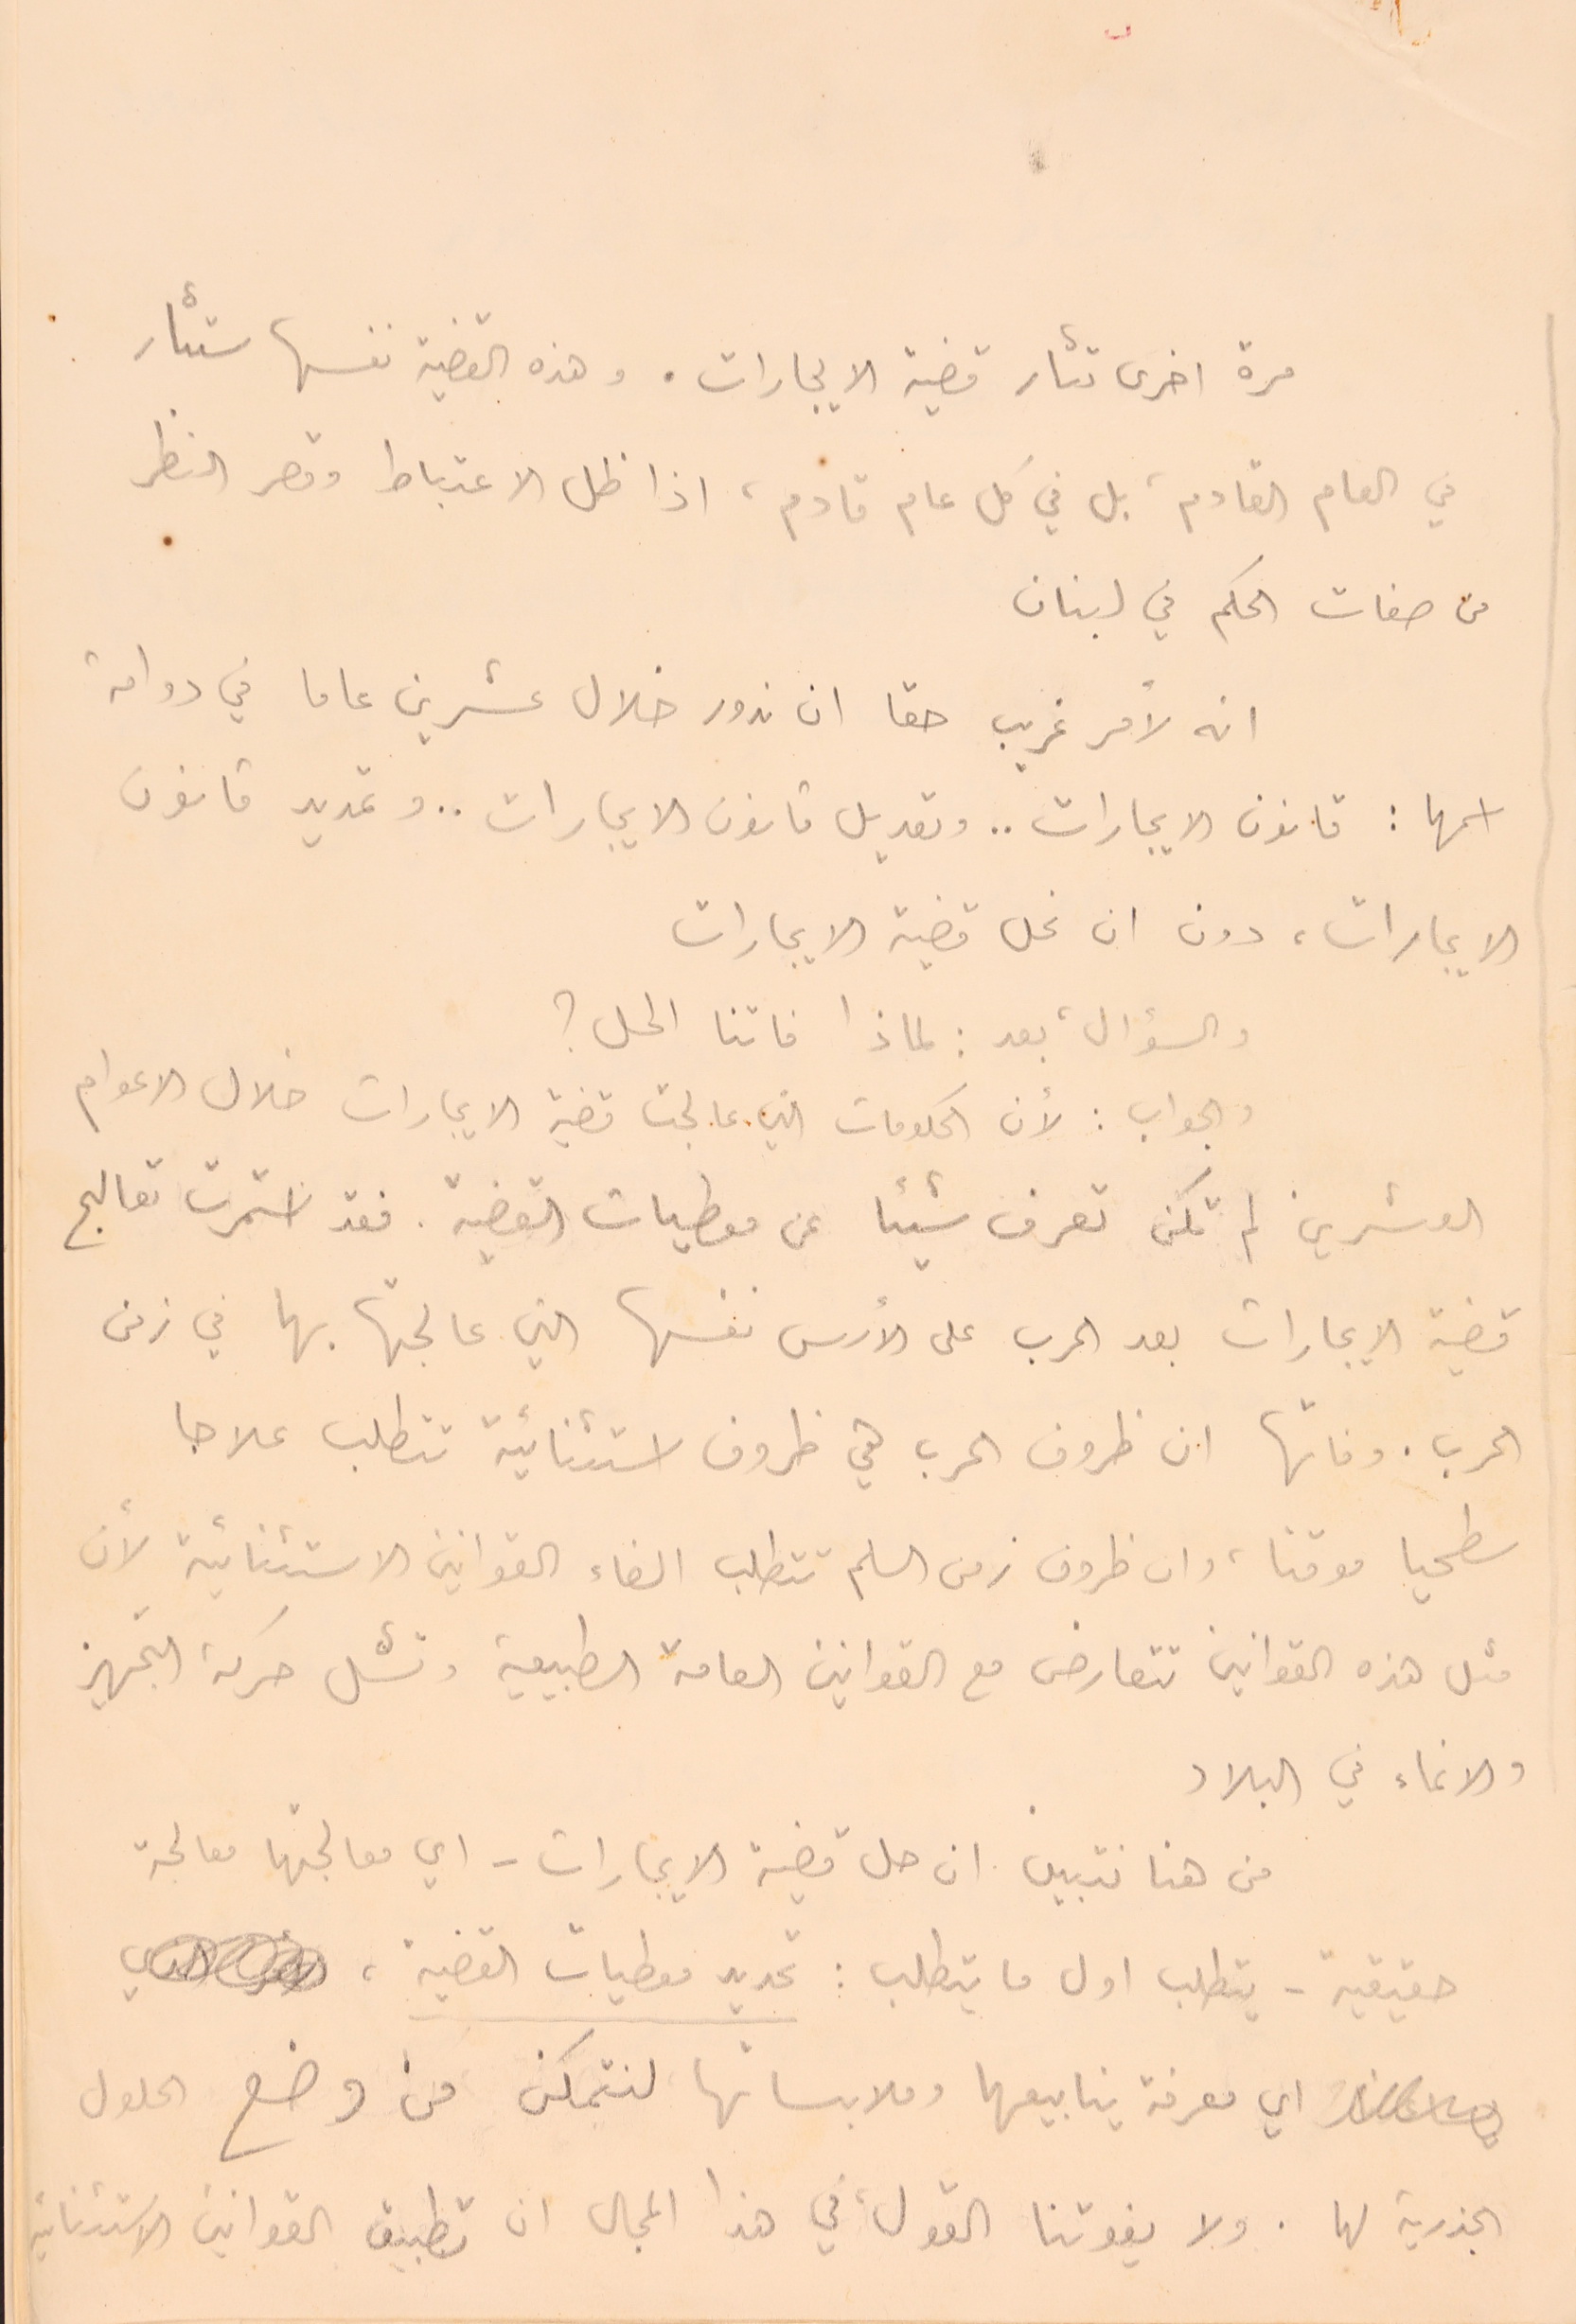
مرة اخرى تثار قضية الايجارات. وهذه القضية نفسها ستثار
في العام القادم، بل في كل عام قادم، اذا ظل الاعتباط وقصر النظر
من صفات الحكم في لبنان
انه لامر غريب حقا ان ندور خلال عشرين عاما في دوامة
اسمها: قانون الايجارات.. وتعديل قانون الايجارات .. وتمديد قانون
الايجارات، دون ان نحل قضية الايجارات
والسؤال، بعد: لماذا فاتنا المحل؟
والجواب: لأن الحكومات التي ما عالجت قضية الايجارات خلال الاعوام
العشرين لم تكن تعرف شيئا عن معطيات القضية. فقد استمرت تعالج
قضة الايجارات بعد الحرب على الأسس نفسها التي عالجتها بها في زمن
الحرب. وفاتها ان ظروف الحرب هي ظروف استثنائية تتطلب علاجا
سطحيا موقتا، وان ظروف زمن السلم تتطلب الغاء القوانين الاستثنائية لأن
مثل هذه القوانين تتعارض مع القوانين العامة الطبيعية وتشل حركة التجهيز
والانماء في البلاد
من هنا نتبين ان حل قضة الايجارات – اي معالجهتا معالجة
حقيقية - يتطلب اول ما يتطلب: تحديد معطيات القضية،
 اي معرفة ينابيعها وملابساتها لنتمكن من وضع الحلول
الجذرية لها. ولا يفوتنا القول، في هذا المجال ان تطبيق القوانين الاستثنائية